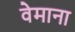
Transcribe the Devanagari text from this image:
वेमाना